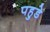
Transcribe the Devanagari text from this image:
पहुडे